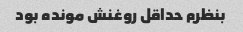
بنظرم حداقل روغنش مونده بود